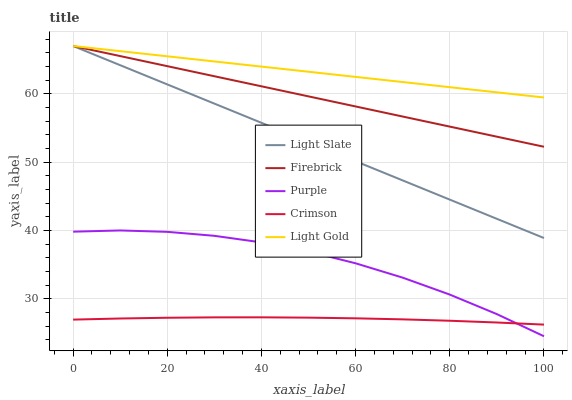
| xaxis_label | Light Slate | Firebrick | Purple | Crimson | Light Gold |
 | --- | --- | --- | --- | --- | --- |
 | 0 | 67 | 67 | 39.8 | 26.9 | 67 |
 | 10 | 64.2 | 65.5 | 40 | 27.1 | 66.2 |
 | 20 | 61.4 | 64.1 | 39.8 | 27.2 | 65.5 |
 | 30 | 58.6 | 62.6 | 39.2 | 27.3 | 64.7 |
 | 40 | 55.8 | 61.1 | 38.3 | 27.3 | 64 |
 | 50 | 52.9 | 59.6 | 36.9 | 27.2 | 63.2 |
 | 60 | 50.1 | 58.2 | 35.2 | 27.1 | 62.5 |
 | 70 | 47.3 | 56.7 | 33.1 | 27 | 61.7 |
 | 80 | 44.5 | 55.2 | 30.6 | 26.8 | 61 |
 | 90 | 41.7 | 53.7 | 27.7 | 26.5 | 60.2 |
 | 100 | 38.9 | 52.3 | 24.5 | 26.2 | 59.5 |